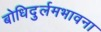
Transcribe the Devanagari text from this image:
बोधिदुर्लमभावना